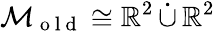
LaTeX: \mathcal{M}_{\mathrm{~o~l~d~}}\cong\mathbb{R}^{2}\, \dot{\cup}\, \mathbb{R}^{2}